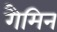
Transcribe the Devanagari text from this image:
गैमिन